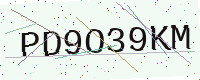
Text: PD9O39KM